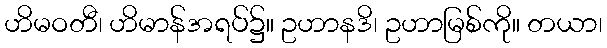
ဟိမဝတီ၊ ဟိမာန်အရပ်၌။ ဥဟာနဒိ၊ ဥဟာမြစ်ကို။ တယာ၊